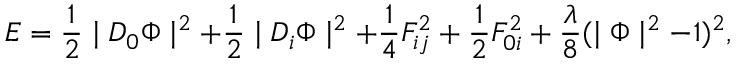
{ \cal E } = \frac { 1 } { 2 } \mid D _ { 0 } \Phi \mid ^ { 2 } + \frac { 1 } { 2 } \mid D _ { i } \Phi \mid ^ { 2 } + \frac { 1 } { 4 } F _ { i j } ^ { 2 } + \frac { 1 } { 2 } F _ { 0 i } ^ { 2 } + \frac { \lambda } { 8 } ( \mid \Phi \mid ^ { 2 } - 1 ) ^ { 2 } ,